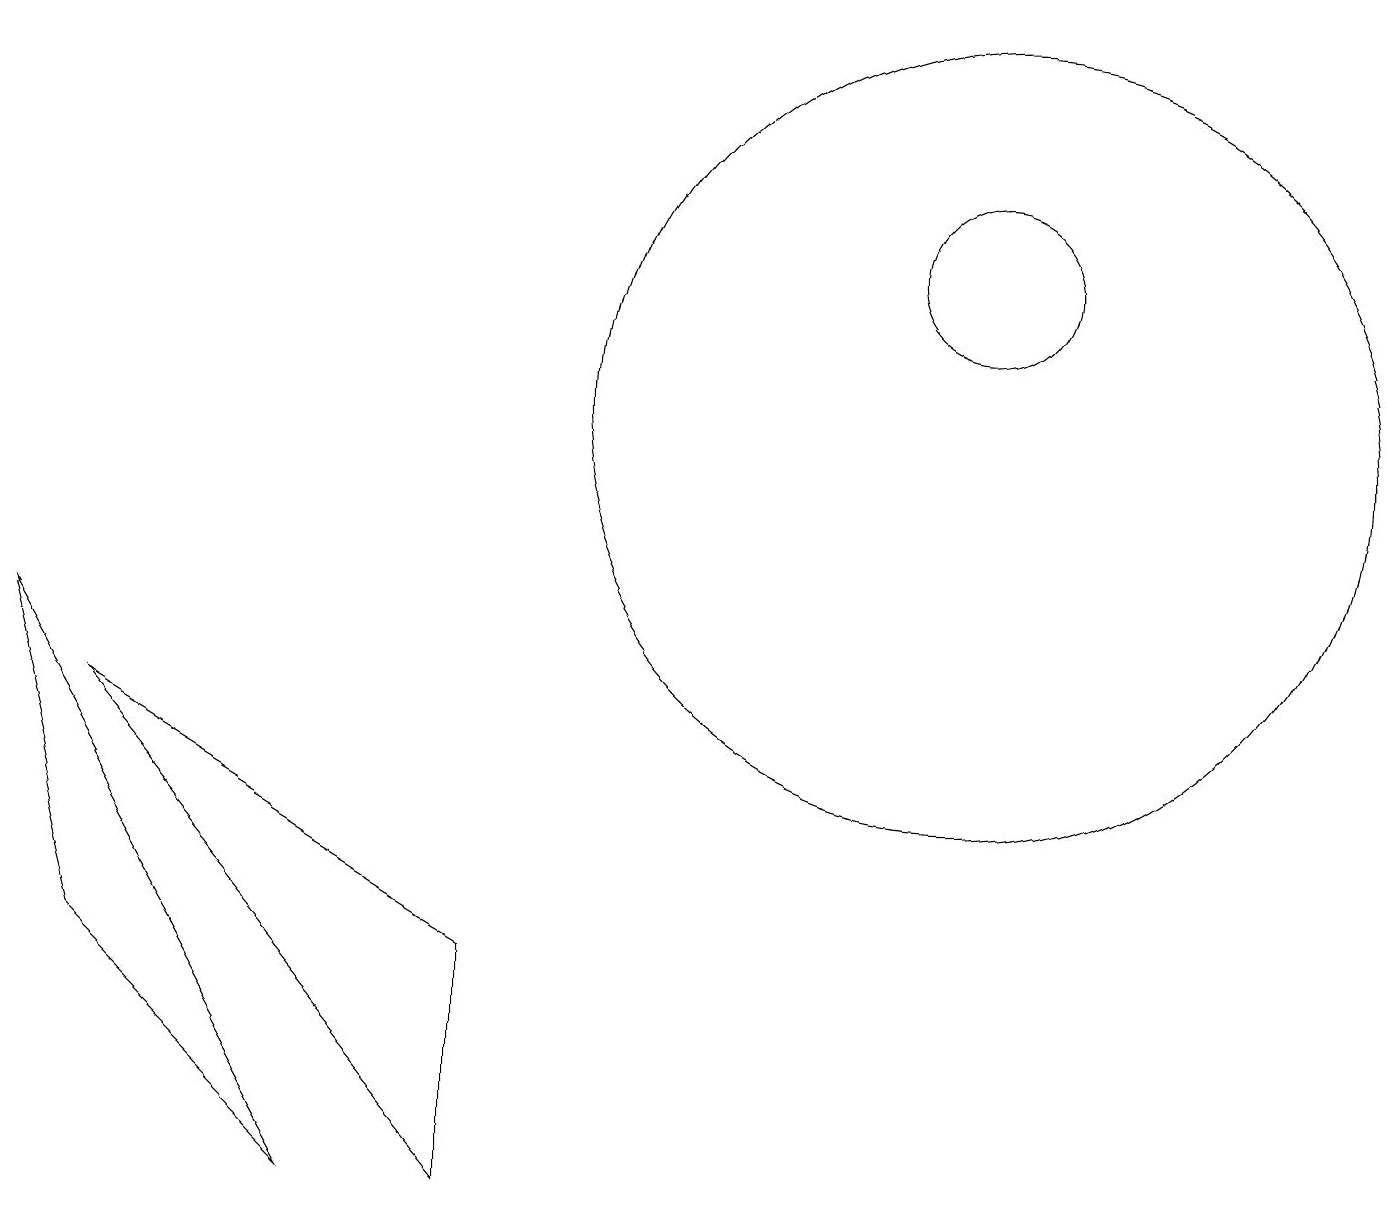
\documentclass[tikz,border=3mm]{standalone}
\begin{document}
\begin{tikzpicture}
\draw (12,10) circle (5);
\draw (4,0) -- (0,7) -- (1,3) -- cycle;
\draw (6,3) -- (6,0) -- (1,6) -- cycle;
\draw (12,12) circle (1);
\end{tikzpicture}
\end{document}